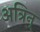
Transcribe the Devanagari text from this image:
अत्रिन्